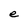
Character: e